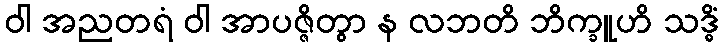
ဝါ အညတရံ ဝါ အာပဇ္ဇိတွာ န လဘတိ ဘိက္ခူဟိ သဒ္ဓိံ